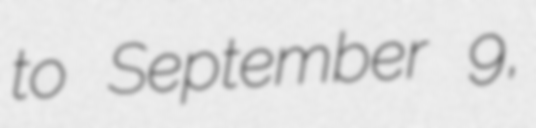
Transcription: to September 9,